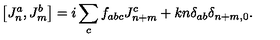
\left[ J _ { n } ^ { a } , J _ { m } ^ { b } \right] = i \sum _ { c } f _ { a b c } J _ { n + m } ^ { c } + k n \delta _ { a b } \delta _ { n + m , 0 } .